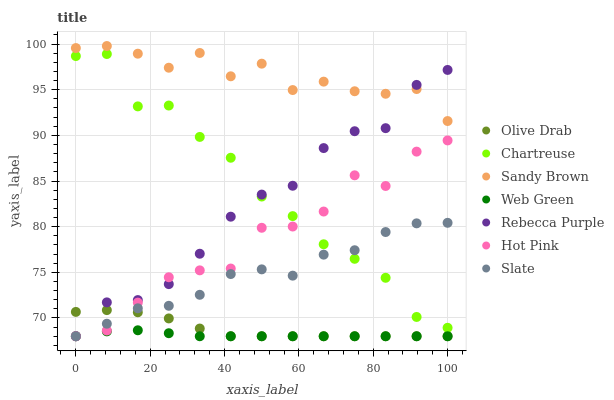
| xaxis_label | Olive Drab | Chartreuse | Sandy Brown | Web Green | Rebecca Purple | Hot Pink | Slate |
 | --- | --- | --- | --- | --- | --- | --- | --- |
 | 0 | 70.7 | 98.7 | 99.6 | 68 | 68 | 68 | 68 |
 | 8.33 | 70.9 | 98.9 | 99.8 | 68.5 | 71.7 | 68.6 | 69.4 |
 | 16.7 | 70.6 | 93.2 | 98.9 | 68.7 | 72 | 71.7 | 71.1 |
 | 25 | 70 | 93.3 | 97.4 | 68.3 | 73.7 | 74.5 | 71.3 |
 | 33.3 | 68.8 | 89.8 | 99 | 68 | 77 | 75.2 | 72.5 |
 | 41.7 | 68 | 87.6 | 96.5 | 68 | 81.1 | 75.4 | 74.8 |
 | 50 | 68 | 83.3 | 97.9 | 68 | 83.5 | 79.9 | 75.3 |
 | 58.3 | 68 | 81.2 | 95 | 68 | 84.5 | 80 | 74.6 |
 | 66.7 | 68 | 78.1 | 95.9 | 68 | 88.6 | 81.7 | 76.9 |
 | 75 | 68 | 76.5 | 94.8 | 68 | 90.5 | 85.6 | 77.4 |
 | 83.3 | 68 | 74.4 | 94.6 | 68 | 90.8 | 84.5 | 79.4 |
 | 91.7 | 68 | 70.1 | 95.1 | 68 | 95.5 | 88.2 | 80.4 |
 | 100 | 68 | 68.9 | 91.6 | 68 | 97.2 | 89.4 | 80.4 |